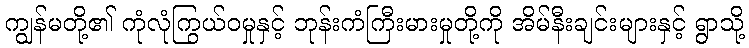
ကျွန်မတို့၏ ကုံလုံကြွယ်ဝမှုနှင့် ဘုန်းကံကြီးမားမှုတို့ကို အိမ်နီးချင်းများနှင့် ရွာသို့